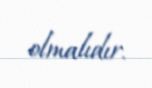
olmalıdır.